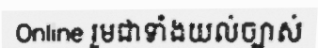
Online រួមជាទាំងយល់ច្បាស់